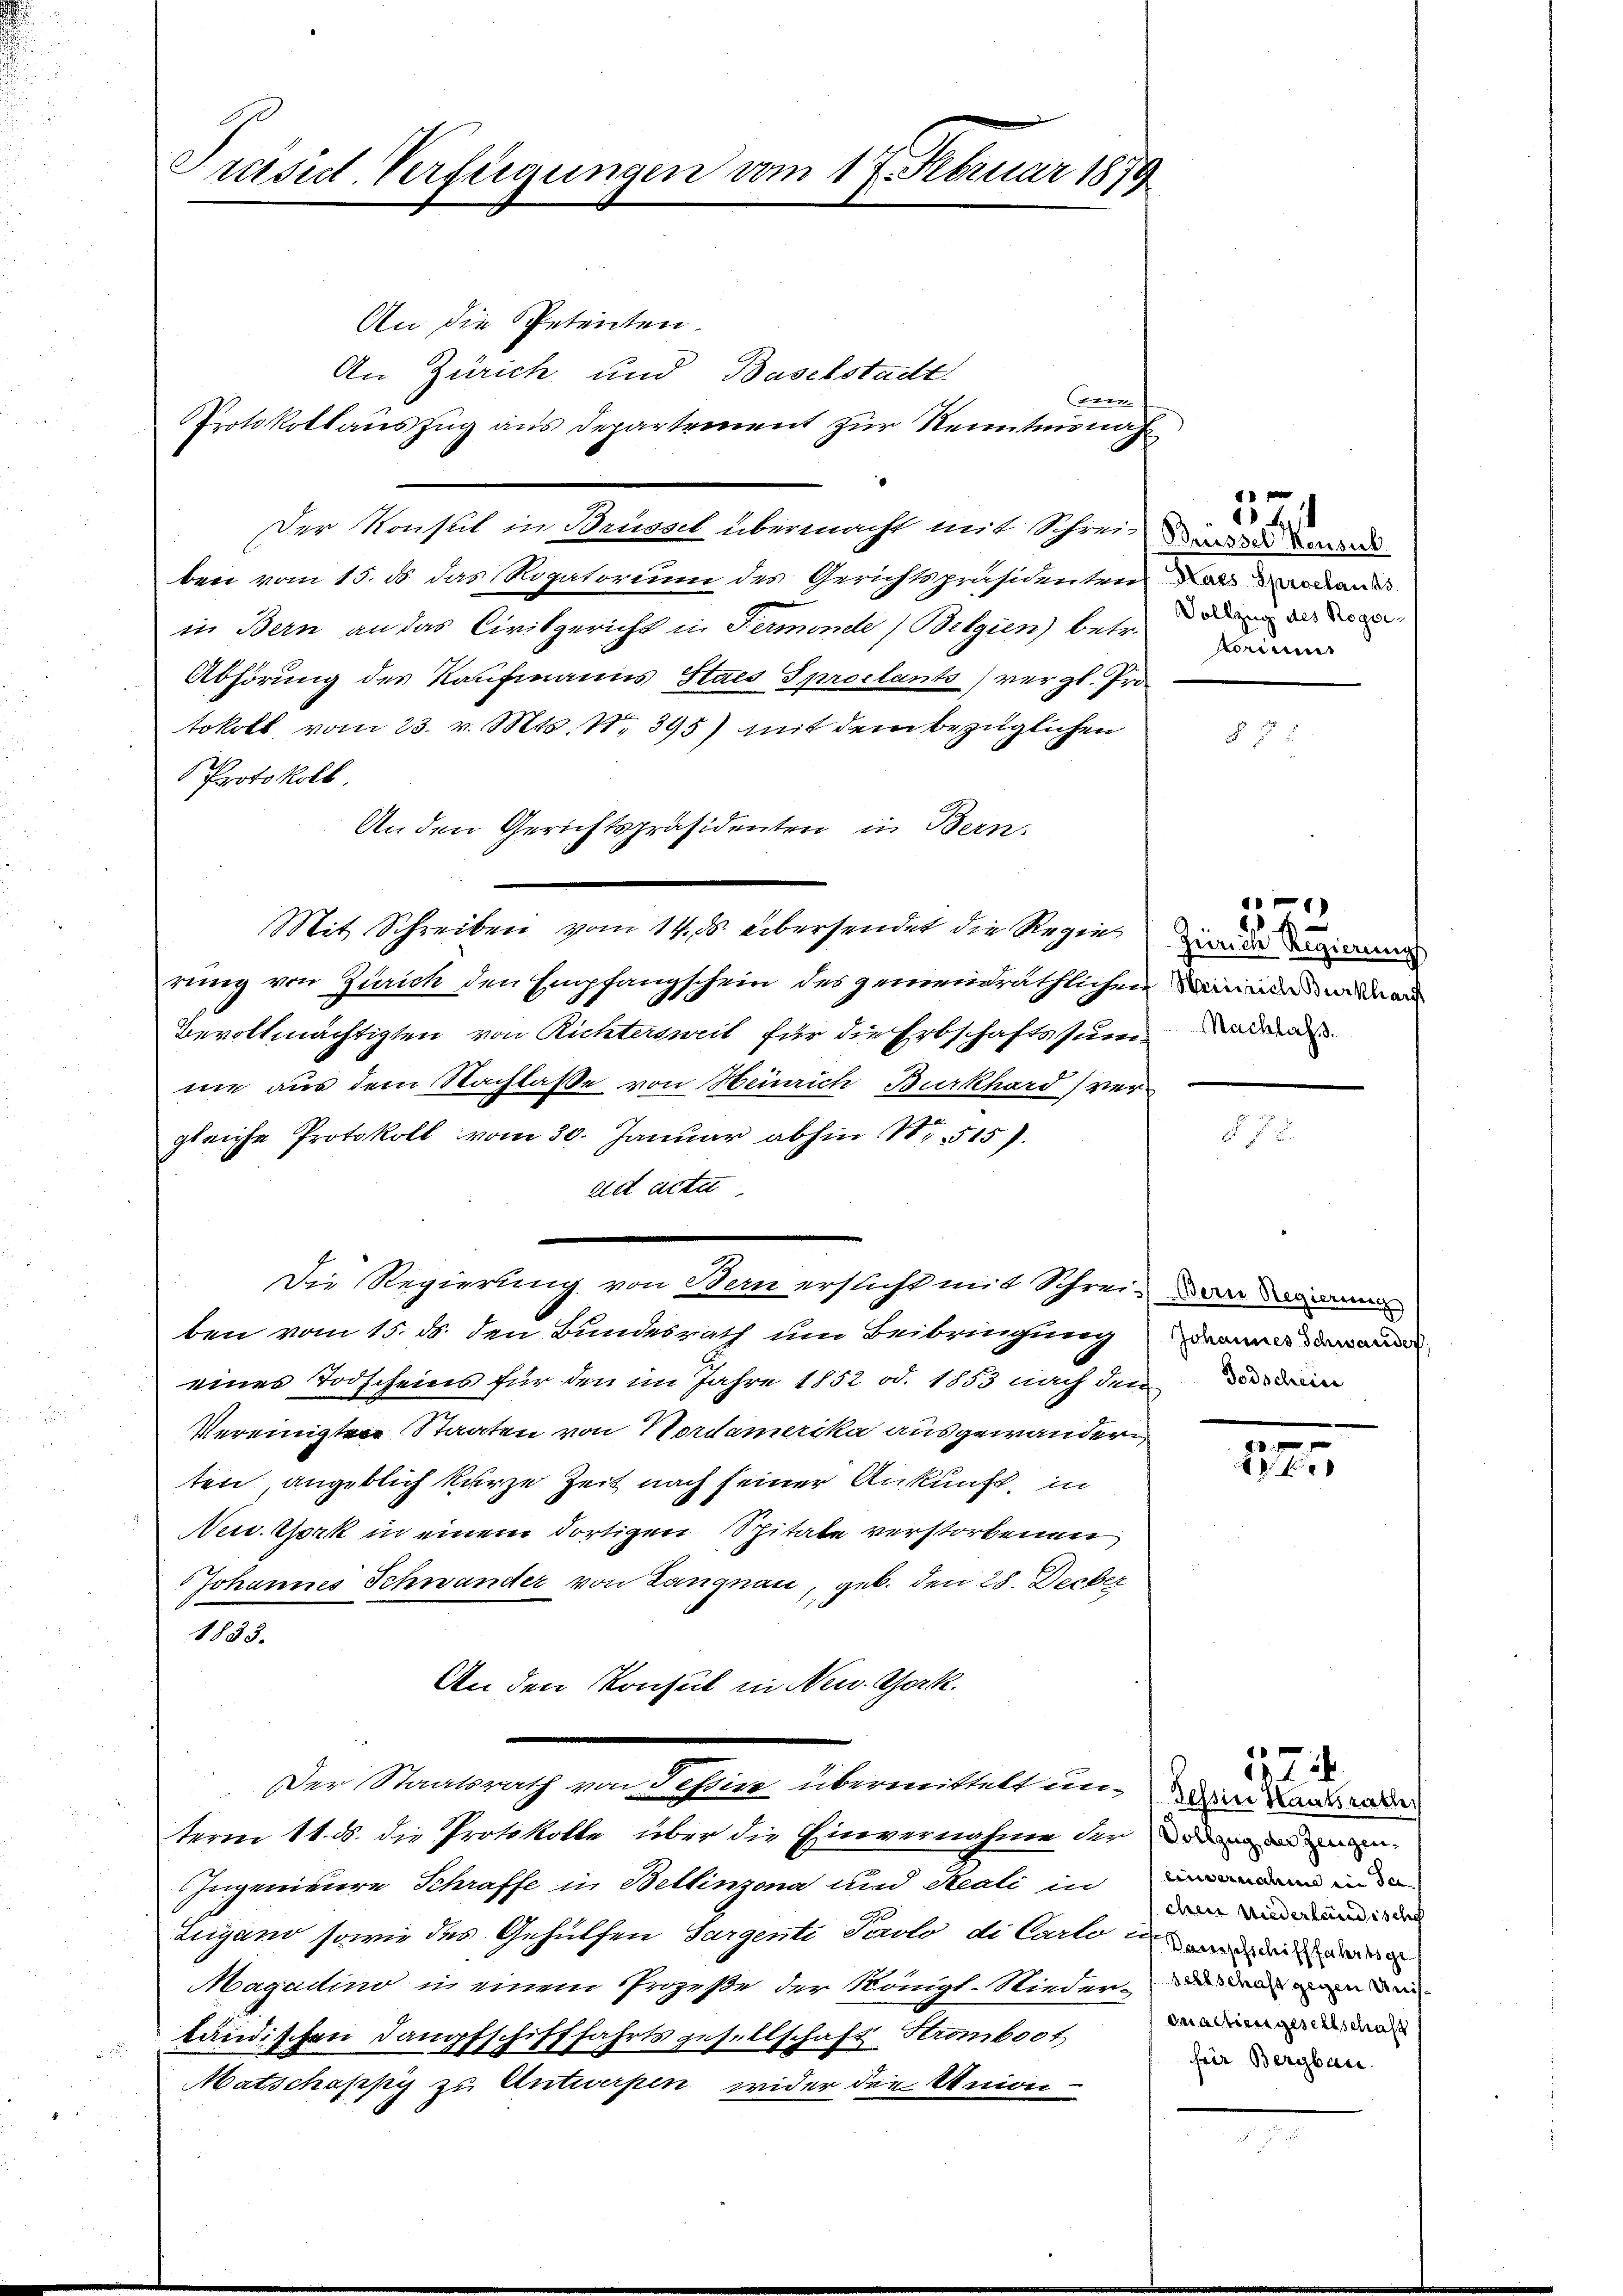
Präsid. Verfügungen vom 17. Februar 1879

An die Petenten.
An Zürich und Baselstadt
oren
Protokollauszug aus Departement zur Kenntnisnah¬
Der Konsul in Brüssel übermacht mit Schrei- und den
ben vom 15. ds das Rogatorium des Gerichtspräsidenten
in Bern an das Civilgericht in Fermonde (Belgien) betr.
Abhörung des Kaufmanns Staes Spractants, vergl. Pro
tokoll vom 23. v. Mts. N. 395) mit dem bezüglichen
Protokoll.
An den Gerichtspräsidenten in Bern.
Mit Schreiben vom 14. ds. übersendet die Regierung von Zürich den Empfangschein des gemeindräthlichen Darin dan
Bevollmächtigten von Richtersweit für die Erbschaftssum
mie aus dem Nachlasse von Heinrich Burkhard vergleiche Protokoll vom 30. Januar abhin 1515)
ad acte
Die Regierung von Bern ersucht mit Schrei- dann
ben vom 15. ds. den Bundesrath um Beibringung
eines Todscheins für den im Jahre 1852 od. 1853 nach dem Dein
Vereinigten Staaten von Nordamerika ausgewandern
ten, angeblich kurze Zeit nach seiner Ankunft, in
New York in einem dortigen Spitale verstorbenen
Johannes Schwander von Langnau, geb. den 28. Decker
1833.
An den Konsul in Neu. Chork.
Der Staatsrath von Tessin übermittelt und in Kantrade
term 11. ds. die Protokolle, über die Einvernahme der die in
Ingenieure Schraffe in Bellinzona und Reali in
Lugano sowie des Gehülfen Sargente Sorolo di Carto und mit de
Magadino in einem Prozeße der Königl-Niederländischen Dampfschifffahrtsgesellschaft Stromboot
Matschäppi zu Antworfen wider die Union-

521
Haes Sproclauss
Vollzug des Roggesarme

n
Zürich Regierung

a

Johannes Schwander,

.
f

122.
eindernahme in der
chen Niederländische
sellschaft gegen Unisquartiengesellschaft
hrer Bergbau